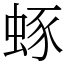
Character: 䖶